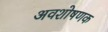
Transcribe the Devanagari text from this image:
अवशोषणक